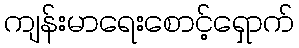
ကျန်းမာရေးစောင့်ရှောက်